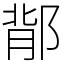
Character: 鄁